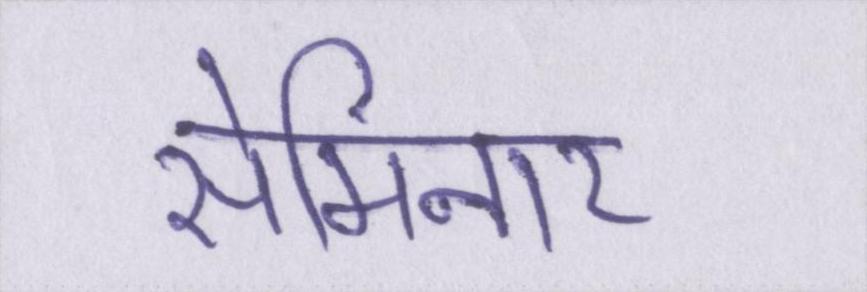
सेमिनार